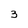
Character: 3